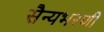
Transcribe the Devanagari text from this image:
सैन्यभरणी